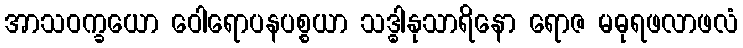
အာသဝက္ခယော ဝေါရောပနပစ္စယာ သဒ္ဓါနုသာရိနော ရောဇ မဓုရဖလာဖလံ